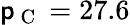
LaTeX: \mathsf{p}_{\mathrm{{~C~}}}=27.6